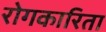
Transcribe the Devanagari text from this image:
रोगकारिता